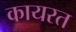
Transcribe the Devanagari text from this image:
कायरत